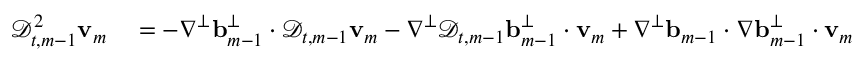
\begin{array} { r l } { \mathscr { D } _ { t , m - 1 } ^ { 2 } \ensuremath { \mathbf { v } } _ { m } } & { { } = - \nabla ^ { \perp } \ensuremath { \mathbf { b } } _ { m - 1 } ^ { \perp } \cdot \mathscr { D } _ { t , m - 1 } \ensuremath { \mathbf { v } } _ { m } - \nabla ^ { \perp } \mathscr { D } _ { t , m - 1 } \ensuremath { \mathbf { b } } _ { m - 1 } ^ { \perp } \cdot \ensuremath { \mathbf { v } } _ { m } + \nabla ^ { \perp } \ensuremath { \mathbf { b } } _ { m - 1 } \cdot \nabla \ensuremath { \mathbf { b } } _ { m - 1 } ^ { \perp } \cdot \ensuremath { \mathbf { v } } _ { m } } \end{array}